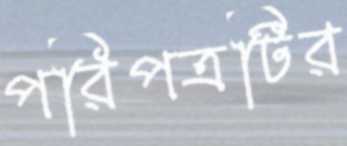
পরিপত্রটির